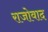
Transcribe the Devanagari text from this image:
राजोवाद